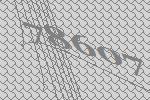
78607